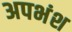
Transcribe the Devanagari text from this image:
अपभंश